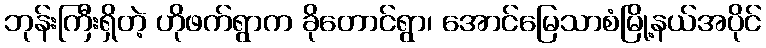
ဘုန်းကြီးရှိတဲ့ ဟိုဖက်ရွာက ခိုတောင်ရွာ၊ အောင်မြေသာစံမြို့နယ်အပိုင်